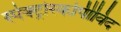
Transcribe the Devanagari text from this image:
स्पेक्ट्रोस्कोपीविद